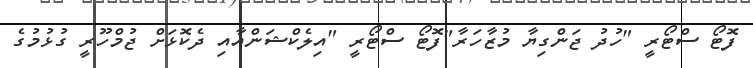
ފޮޓޯ ސްޓޯރީ "ހުދު ޖަންގިޔާ މުޒާހަރާ"ފޮޓޯ ސްޓޯރީ "އިލެކްޝަންއާއި ދެކޮޅަށް ޖުމްހޫރީ ގުޅުމުގެ